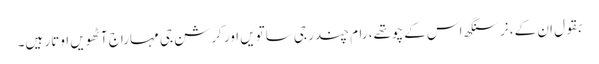
بقول ان کے، نرسنگھ اس کے چوتھے، رام چندر جی ساتویں اور کرشن جی مہاراج آٹھویں اوتار ہیں۔